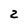
Character: 2